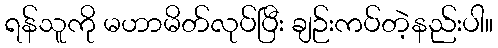
ရန်သူကို မဟာမိတ်လုပ်ပြီး ချဉ်းကပ်တဲ့နည်းပါ။